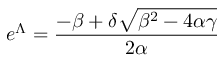
e ^ { \Lambda } = \frac { - \beta + \delta \sqrt { \beta ^ { 2 } - 4 \alpha \gamma } } { 2 \alpha }